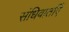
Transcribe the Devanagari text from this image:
संधिवार्ताएँ